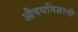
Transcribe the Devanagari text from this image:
औषधविज्ञानी